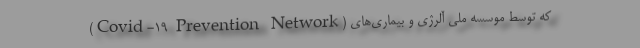
(Covid-۱۹ Prevention Network) که توسط موسسه ملی آلرژی و بیماری‌های